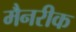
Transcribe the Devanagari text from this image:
मैनरीक